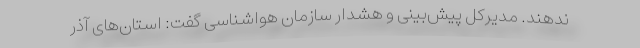
ندهند. مدیرکل پیش‌بینی و هشدار سازمان هواشناسی گفت: استان‌های آذر